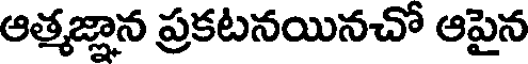
ఆత్మజ్ఞాన ప్రకటనయినచో ఆపైన